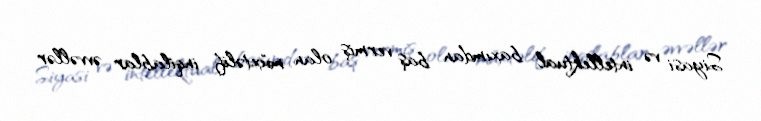
Siyasi və intellektual baxımdan baş vermiş olan müxtəlif inqilablar əvvəllər